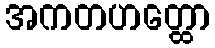
အကတဟတ္ထော